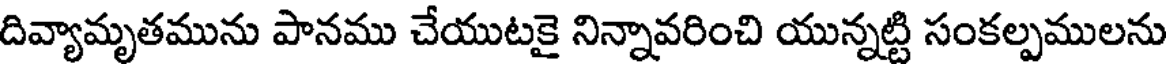
దివ్యామృతమును పానము చేయుటకై నిన్నావరించి యున్నట్టి సంకల్పములను